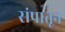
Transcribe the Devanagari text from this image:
संपातून